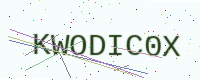
Text: KWODIC0X